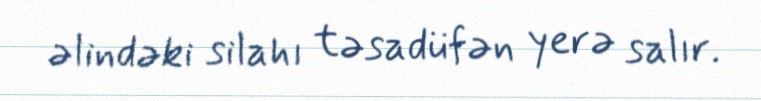
əlindəki silahı təsadüfən yerə salır.